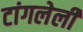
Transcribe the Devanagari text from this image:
टांगलेली